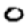
Digit: 0